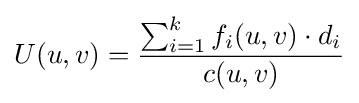
U(u,v)={\frac {\sum _{i=1}^{k}f_{i}(u,v)\cdot d_{i}}{c(u,v)}}